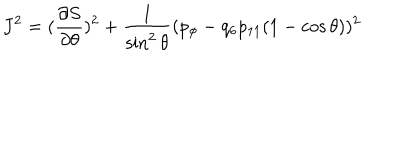
LaTeX: J ^ { 2 } = ( { \frac { \partial S } { \partial \theta } } ) ^ { 2 } + { \frac { 1 } { \sin ^ { 2 } \theta } } ( p _ { \phi } - q _ { 6 } p _ { 1 1 } ( 1 - \cos \theta ) ) ^ { 2 }